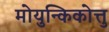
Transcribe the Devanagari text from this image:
मोयुन्किकोत्तु